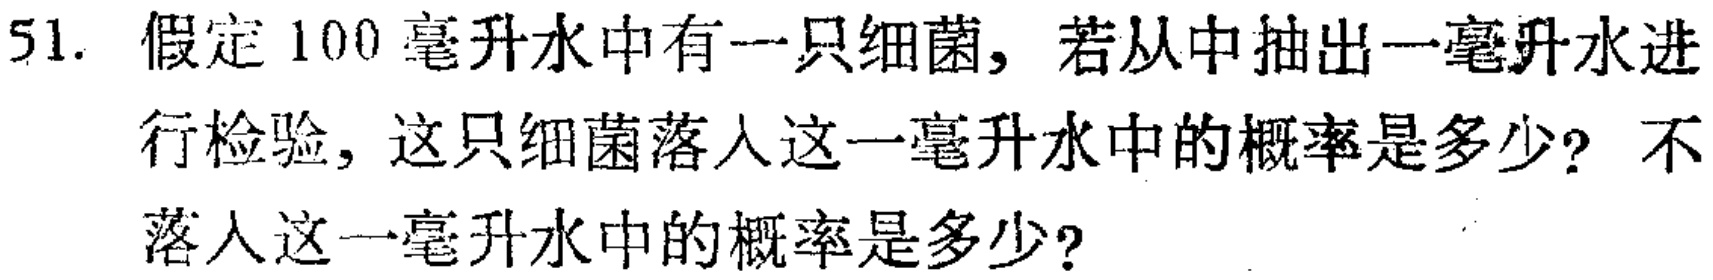
51. 假定100毫升水中有一只细菌，若从中抽出一毫升水进行检验，这只细菌落入这一毫升水中的概率是多少？不落入这一毫升水中的概率是多少？